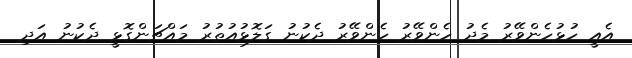
އެއީ ހުޅުހެންވޭރު މެދު ހެންވޭރު ހެންވޭރު ދެކުނު ގަލޮޅުއުތުރު މައްޗަންގޮޅީ ދެކުނު އަދި